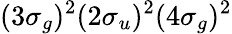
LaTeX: (3\sigma_{g})^{2}(2\sigma_{u})^{2}(4\sigma_{g})^{2}